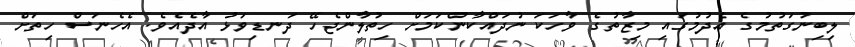
ލިބިނުގަތުމުގެ އެދުމުގައި މިޒާތުގެ ވާހަކަ ނުދައްކާންކަމަށް ހިތުލާންޖެހޭ ދަނޑިވަޅު އާދެއެވެ. އެހެނަސް ހިތަށް